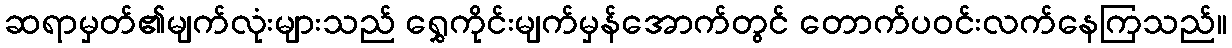
ဆရာမှတ်၏မျက်လုံးများသည် ရွှေကိုင်းမျက်မှန်အောက်တွင် တောက်ပဝင်းလက်နေကြသည်။